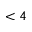
< 4